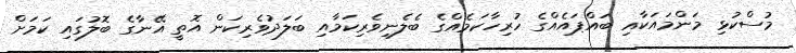
މުސްކުޅި މަންމައަކާއި ބައްޕައެއްގެ ހުރިހާކަމެއްގެ ބެލެނިވެރިކަމާއި ބަލަދުވެރިކަން އޮތީ އޭނާގެ ބޮލުގައި ކަމަށް